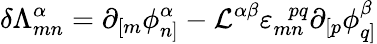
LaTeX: \delta{\Lambda}_{mn}^{\alpha}=\partial_{[m}\phi_{n]}^{\alpha}-{\cal L}^{\alpha\beta}\varepsilon_{mn}^{~~~pq}\partial_{[p}\phi_{q]}^{\beta}